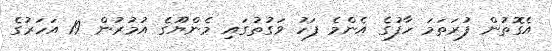
އެގޮތުން ފުރަތަމަ ހާފުގެ އެންމެ ފަހު ވަގުތުގައި މެންޔޫގެ އުމުރުން 19 އަހަރުގެ